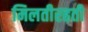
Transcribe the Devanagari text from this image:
मिलतीरहती